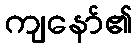
ကျနော်၏